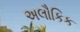
અલૌકિક